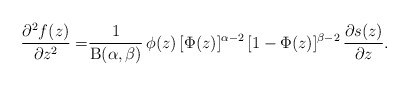
\begin{align*}\frac{\partial^2 f(z)}{\partial z^2}=&\frac{1}{\mathrm{B}(\alpha,\beta)}\,\phi(z)\,[\Phi(z)]^{\alpha-2}\,[1-\Phi(z)]^{\beta-2}\,\frac{\partial s(z)}{\partial z}.\end{align*}